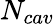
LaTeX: N_{cav}